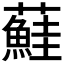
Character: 𫊒